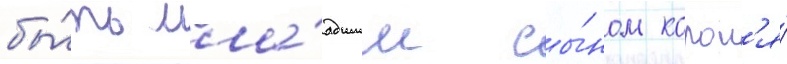
бы́ть мла́дшим сы́ном корол'я́